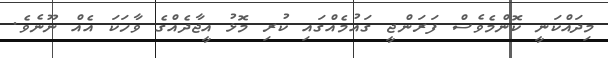
މިދައްކަނީ ކޮންމެވެސް ފަރަންޖީ ގައުމެއްގައި ކުރި މޮޅު އީޖާދެއްގެ ވާހަކަ އެއް ނޫނެވެ.